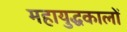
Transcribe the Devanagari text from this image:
महायुद्धकालों